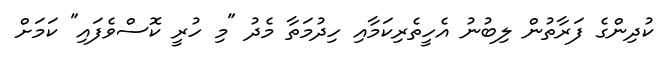
ކުދިންގެ ފަރާތުން ލިބުނު އެހީތެރިކަމާއި ހިދުމަތާ މެދު "މި ހުރީ ކޮސްވެފައި" ކަމަށް